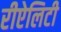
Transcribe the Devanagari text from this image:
रीऐलिटी